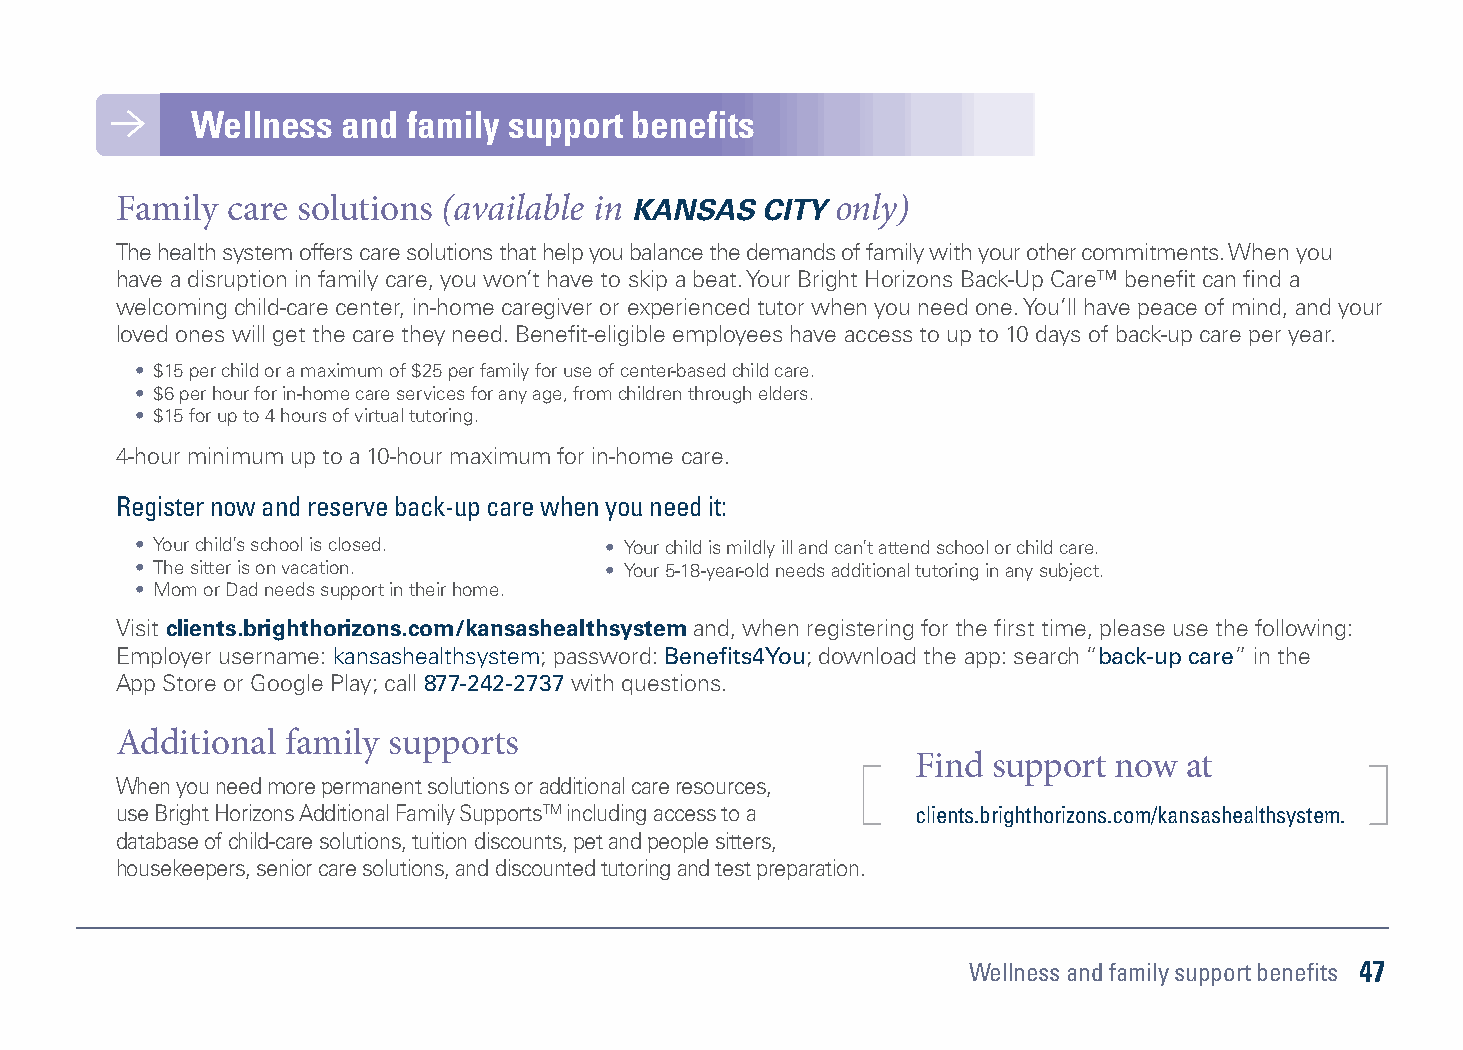
Wellness  and family support benefits
 Family care solutions (available in KANSAS CITY only)
 The health system offers care solutions that help you balance the demands of family with your other commitments. When you
 have a disruption in family care, you won’t have to skip a beat. Your Bright Horizons Back-Up Care™ benefit can find a
 welcoming child-care center, in-home caregiver or experienced tutor when you need one. You’ll have peace of mind, and your
 loved ones will get the care they need. Benefit-eligible employees have access to up to 10 days of back-up care per year.
 • $15 per child or a maximum of $25 per family for use of center-based child care.
 • $6 per hour for in-home care services for any age, from children through elders.
 • $15 for up to 4 hours of virtual tutoring.
 4-hour minimum up to a 10-hour maximum for in-home care.
 Register now and reserve back-up care when you need it:
 • Your child’s school is closed. • Your child is mildly ill and can’t attend school or child care.
 • The sitter is on vacation.   • Your 5-18-year-old needs additional tutoring in any subject.
 • Mom or Dad needs support in their home.
 Visit clients.brighthorizons.com/kansashealthsystem and, when registering for the first time, please use the following:
 Employer username: kansashealthsystem; password: Benefits4You; download the app: search “back-up care” in the
 App Store or Google Play; call 877-242-2737 with questions.
 Additional family supports
 Find support now at
 When you need more permanent solutions or additional care resources,
 use Bright Horizons Additional Family SupportsTM including access to a clients.brighthorizons.com/kansashealthsystem.
 database of child-care solutions, tuition discounts, pet and people sitters,
 housekeepers, senior care solutions, and discounted tutoring and test preparation.
 Wellness and family support benefits 47